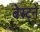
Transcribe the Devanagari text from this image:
बेस्टने